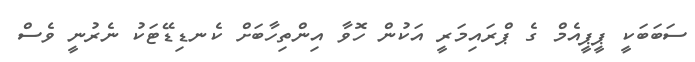
ސަބަބަކީ ޕީޕީއެމް ގެ ޕްރައިމަރީ އަކުން ހޮވާ އިންތިހާބަށް ކެނޑިޑޭޓަކު ނެރުނީ ވެސް